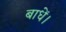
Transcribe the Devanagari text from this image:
बाधें।